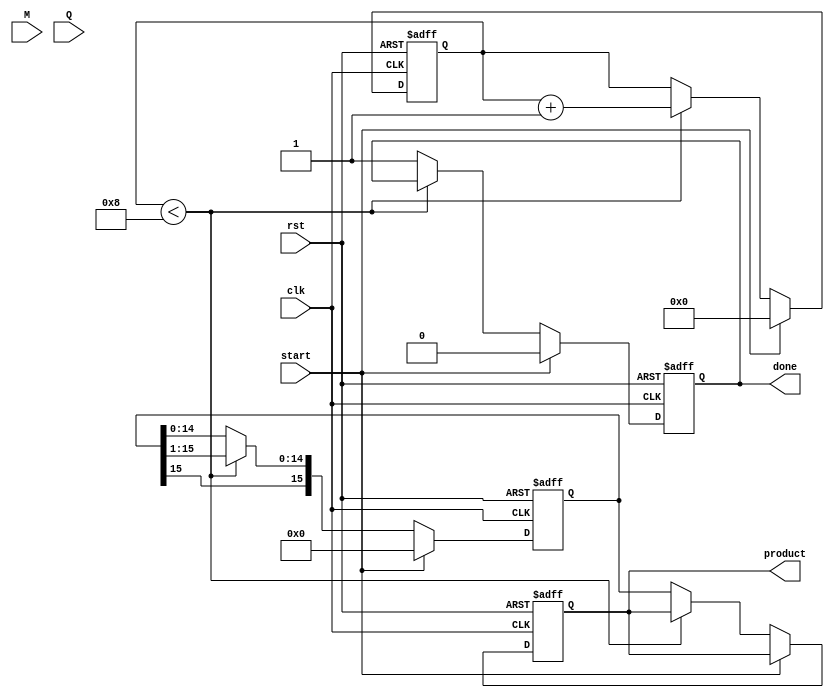
module modified_booth_multiplier #(parameter N = 8) (
    input wire [N-1:0] M,          // Multiplicand
    input wire [N-1:0] Q,          // Multiplier
    input wire start,               // Start signal
    input wire clk,                 // Clock signal
    input wire rst,                 // Reset signal
    output reg [2*N-1:0] product,   // Product output
    output reg done                 // Done signal
);

    reg [N-1:0] multiplicand;
    reg [N-1:0] multiplier;
    reg [2*N-1:0] partial_product;
    reg [N:0] count;                // Count for iterations (0 to N)
    reg [1:0] q_last;               // Last two bits of multiplier for Booth encoding

    always @(posedge clk or posedge rst) begin
        if (rst) begin
            product <= 0;
            partial_product <= 0;
            count <= 0;
            done <= 0;
            q_last <= 2'b00;
        end else if (start) begin
            // Initialize registers
            multiplicand <= M;
            multiplier <= Q;
            partial_product <= 0;
            count <= 0;
            done <= 0;
            q_last <= 2'b00;
        end else if (count < N) begin
            // Booth encoding logic
            case ({multiplier[0], q_last})
                2'b00: begin
                    // Do nothing
                end
                2'b01: begin
                    // Add multiplicand to partial product
                    partial_product <= partial_product + {multiplicand, N'b0};
                end
                2'b10: begin
                    // Subtract multiplicand from partial product
                    partial_product <= partial_product - {multiplicand, N'b0};
                end
                2'b11: begin
                    // Do nothing (accumulate current state)
                end
            endcase
            
            // Shift right (arithmetic shift)
            partial_product <= {partial_product[2*N-1], partial_product[2*N-1:1]};
            multiplier <= {1'b0, multiplier[N-1:1]}; // Shift multiplier right
            q_last <= {multiplier[0], q_last[0]};   // Update last two bits
            count <= count + 1;                      // Increment count
        end else begin
            // Finished processing
            product <= partial_product;
            done <= 1; // Indicate done
        end
    end
endmodule